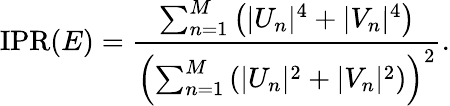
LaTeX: \mathrm{IPR}(E)=\frac{\sum_{n=1}^{M}\left(|U_{n}|^{4}+|V_{n}|^{4}\right)}{\left(\sum_{n=1}^{M}\left(|U_{n}|^{2}+|V_{n}|^{2}\right)\right)^{2}}.